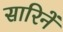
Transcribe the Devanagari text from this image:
सारिनें